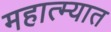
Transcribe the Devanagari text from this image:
महात्म्यात